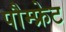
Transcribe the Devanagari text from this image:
पौम्‍फ्रेट